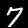
Label: 7